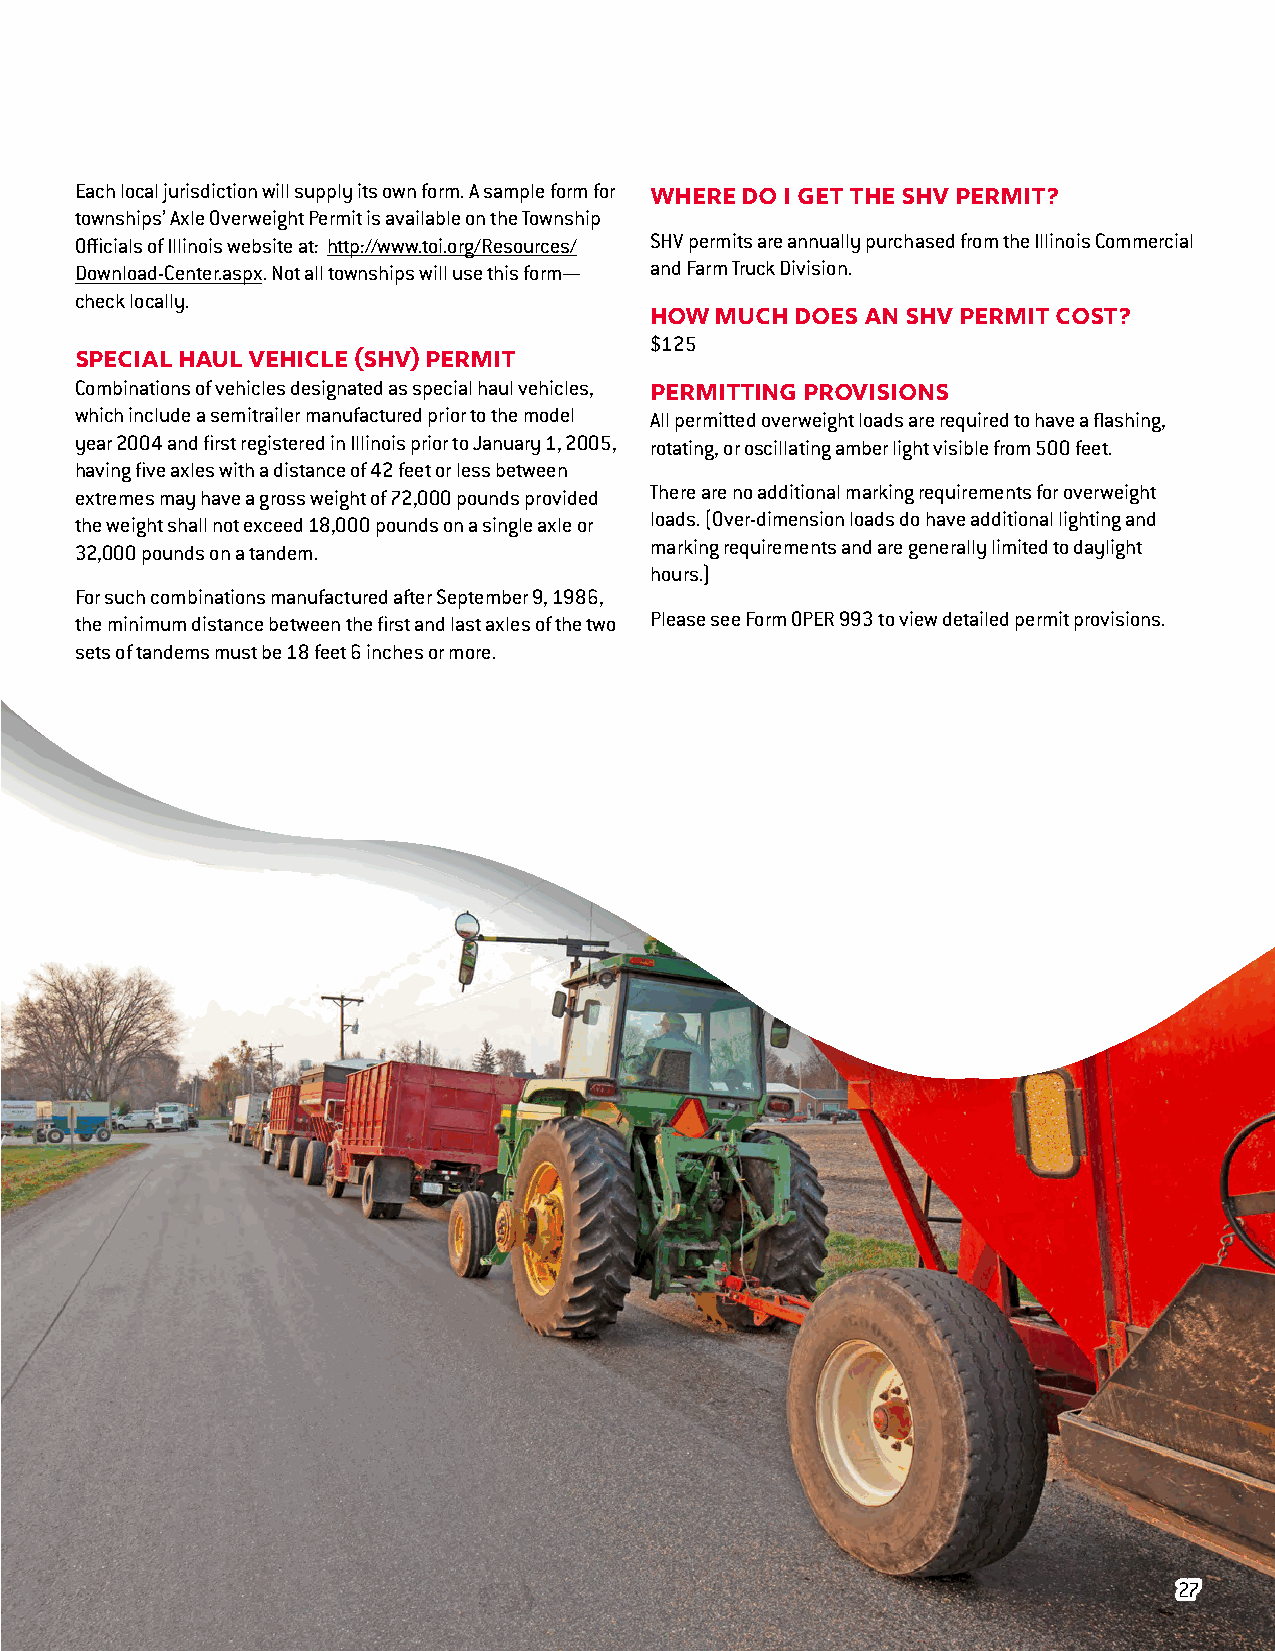
Each local jurisdiction will supply its own form. A sample form for
 Where do I get the SHV permit?
 townships’ Axle Overweight Permit is available on the Township
 Officials of Illinois website at: http://www.toi.org/Resources/ SHV permits are annually purchased from the Illinois Commercial
 Download-Center.aspx. Not all townships will use this form— and Farm Truck Division.
 check locally.
 How much  does an SHV permit cost?
 $125
 Special Haul Vehicle (SHV) Permit
 Combinations of vehicles designated as special haul vehicles,
 Permitting Provisions
 which include a semitrailer manufactured prior to the model All permitted overweight loads are required to have a flashing,
 year 2004 and first registered in Illinois prior to January 1, 2005, rotating, or oscillating amber light visible from 500 feet.
 having five axles with a distance of 42 feet or less between
 extremes may have a gross weight of 72,000 pounds provided There are no additional marking requirements for overweight
 the weight shall not exceed 18,000 pounds on a single axle or loads. (Over-dimension loads do have additional lighting and
 32,000 pounds on a tandem.            marking requirements and are generally limited to daylight
 hours.)
 For such combinations manufactured after September 9, 1986,
 the minimum distance between the first and last axles of the two Please see Form OPER 993 to view detailed permit provisions.
 sets of tandems must be 18 feet 6 inches or more.
 2277